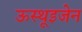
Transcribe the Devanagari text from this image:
ऊस्थूइजेन